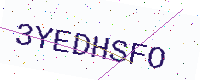
Text: 3YEDHSFO